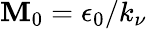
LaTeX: \mathbf{M}_{0}=\epsilon_{0}/k_{\nu}